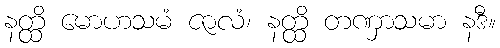
နတ္ထိ မောဟသမံ ဇာလံ၊ နတ္ထိ တဏှာသမာ နဒီ။